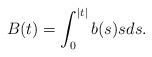
LaTeX: \begin{align*} B(t) = \int_{0}^{|t|} b(s)sds. \end{align*}